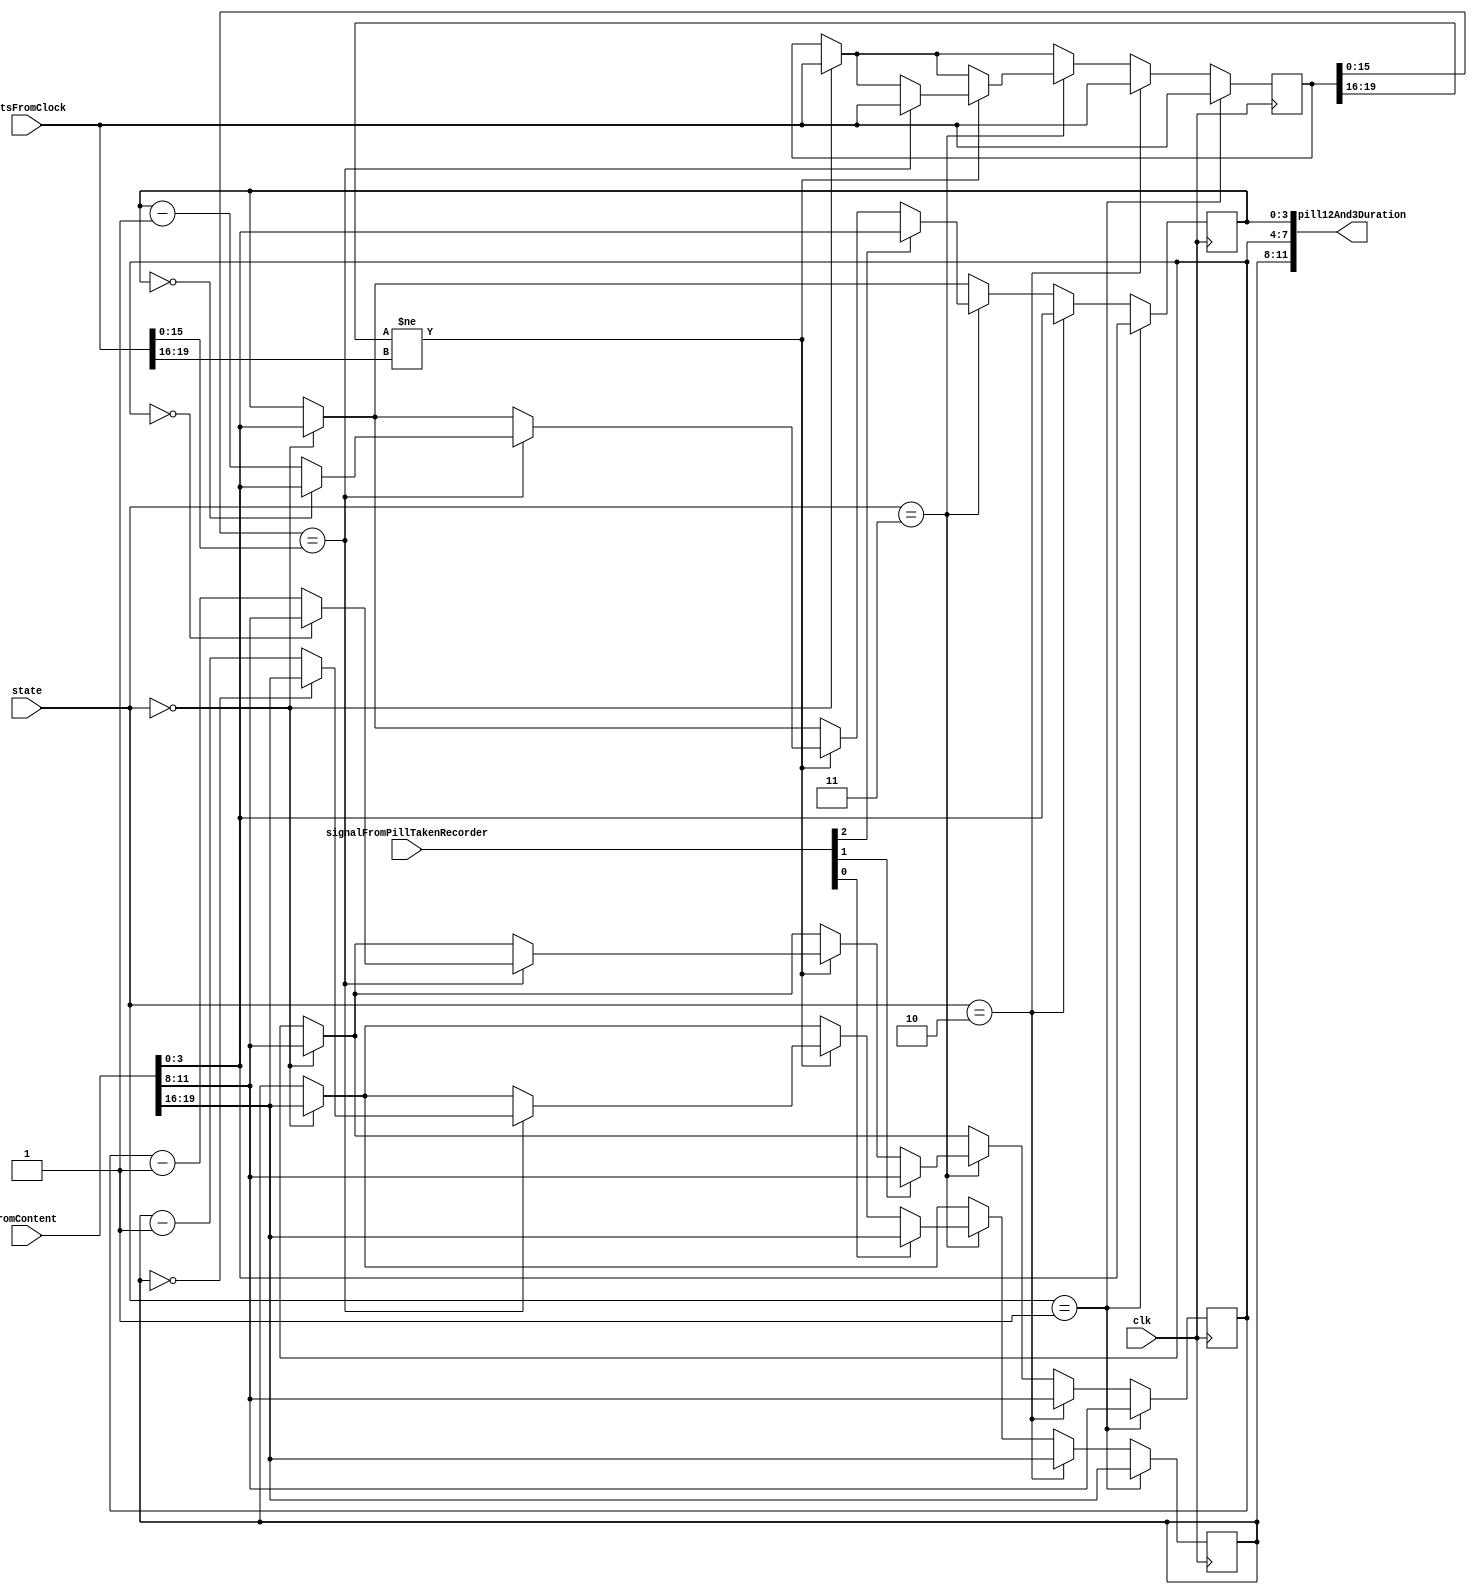
/*
Name: The Magnesium Team (Olanrewaju Ibironke, Su Hui Tan, Anitha Ramesh Puranik, Meghna Chittajallu)
Date: April 14, 2016
Project: Control Module
*/
module NextPillMonitor(signalFromPillTakenRecorder, romContent, bitsFromClock, clk, state, pill12And3Duration);
input clk;
input [2:0] signalFromPillTakenRecorder;
input [3:0] state;
input [27:0] romContent;
input [23:0] bitsFromClock; 
output [11:0] pill12And3Duration;

reg [3:0] pill1Duration, pill2Duration, pill3Duration;
reg [23:0] temporaryBitsFromClock;


//assign nextPill = romContent[7:4];
//assign toBeTakenInTheNextXHour = romContent[3:0];

always @(posedge clk)
begin
	if(state == 4'd0)begin
		pill1Duration <= romContent[19:16];
		pill2Duration <= romContent[11:8];
		pill3Duration <= romContent[3:0];
		temporaryBitsFromClock <= bitsFromClock; 
	end
	if(state == 4'd1)begin
		pill1Duration <= romContent[19:16];
		pill2Duration <= romContent[11:8];
		pill3Duration <= romContent[3:0];
		temporaryBitsFromClock <= bitsFromClock; 
	end
	else if(state == 4'd2)begin
		pill1Duration <= romContent[19:16];
		pill2Duration <= romContent[11:8];
		pill3Duration <= romContent[3:0];
		temporaryBitsFromClock <= bitsFromClock; 
	end
	else if(state == 4'd3)begin 

		if(temporaryBitsFromClock[19:16] != bitsFromClock[19:16])begin									 
			
			if(temporaryBitsFromClock[15:0] == bitsFromClock[15:0])begin

				temporaryBitsFromClock <= bitsFromClock;									// set the previous hour time to the current hour time

				if(pill1Duration == 4'd0)begin
					pill1Duration <= romContent[19:16];
				end
				else begin
					pill1Duration <= pill1Duration - 4'd1;									// decrement the duration by 1
				end

				if(pill2Duration == 4'd0)begin
					pill2Duration <= romContent[11:8];
				end
				else begin
					pill2Duration <= pill2Duration - 4'd1;									// decrement the duration by 1
				end

				if(pill3Duration == 4'd0)begin
					pill3Duration <= romContent[3:0];
				end
				else begin
					pill3Duration <= pill3Duration - 4'd1;									// decrement the duration by 1
				end 

			end
			
		end  

		if(signalFromPillTakenRecorder[0] == 1)begin										// index 0 = pill1, index 1 = pill2, index 2 = pill3
			pill1Duration <= romContent[19:16];
		end

		if(signalFromPillTakenRecorder[1] == 1)begin
			pill2Duration <= romContent[11:8];
		end

		if(signalFromPillTakenRecorder[2] == 1)begin
			pill3Duration <= romContent[3:0];
		end
	end
end
assign pill12And3Duration[11:8] = pill1Duration;
assign pill12And3Duration[7:4] = pill2Duration;
assign pill12And3Duration[3:0] = pill3Duration;
endmodule